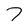
Character: 7